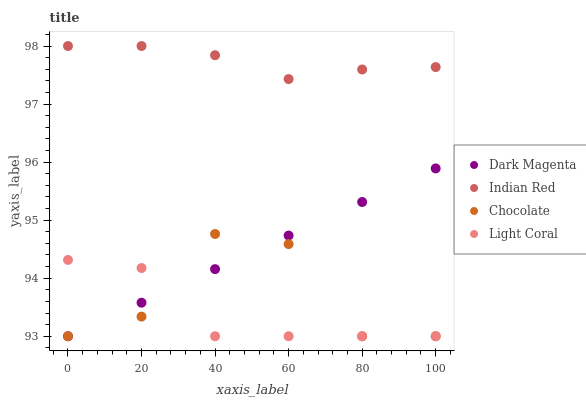
| xaxis_label | Dark Magenta | Indian Red | Chocolate | Light Coral |
 | --- | --- | --- | --- | --- |
 | 0 | 93 | 98 | 93 | 94.3 |
 | 20 | 93.6 | 98 | 93.3 | 94.2 |
 | 40 | 94.2 | 97.8 | 94.8 | 93 |
 | 60 | 94.7 | 97.4 | 94.6 | 93 |
 | 80 | 95.3 | 97.6 | 93 | 93 |
 | 100 | 95.9 | 97.6 | 93 | 93 |